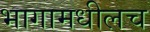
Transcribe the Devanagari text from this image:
भागामधीलच